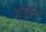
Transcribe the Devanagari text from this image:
अंगुइला